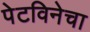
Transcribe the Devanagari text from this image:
पेटविनेचा